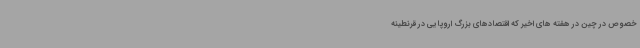
خصوص در چین در هفته های اخیر که اقتصادهای بزرگ اروپایی در قرنطینه